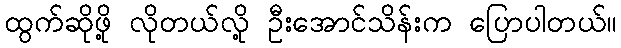
ထွက်ဆိုဖို့ လိုတယ်လို့ ဦးအောင်သိန်းက ပြောပါတယ်။